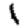
Digit: 1